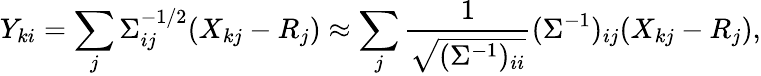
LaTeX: Y_{ki}=\sum_{j}\Sigma_{ij}^{-1/2}(X_{kj}-R_{j})\approx\sum_{j}\frac{1}{\sqrt{(\Sigma^{-1})_{ii}}}(\Sigma^{-1})_{ij}(X_{kj}-R_{j}),